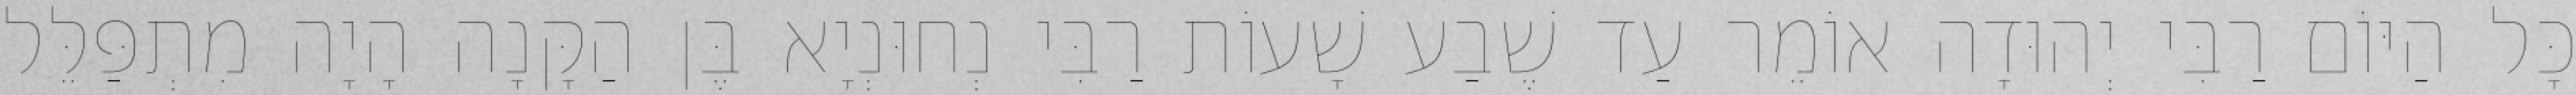
כָּל הַיּוֹם רַבִּי יְהוּדָה אוֹמֵר עַד שֶׁבַע שָׁעוֹת רַבִּי נְחוּנְיָא בֶּן הַקָּנָה הָיָה מִתְפַּלֵּל